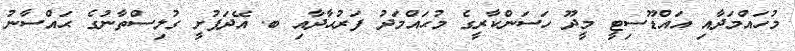
މުހައްމަދާއި އައްޑޫސިޓީ މީދޫ ހަސަންކާރީގެ މުޙައްމަދު ފަރުޙާދާއި ބ. އޭދަފުށީ ގުލިސްތާނުގެ ޙައްސާނު